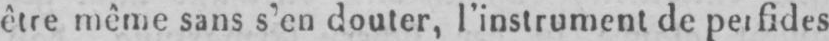
être même sans s’en douter, l’instrument de perfides,